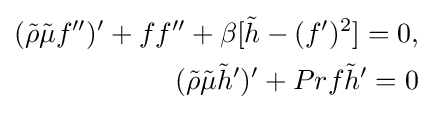
{\begin{aligned}({\tilde {\rho }}{\tilde {\mu }}f'')'+ff''+\beta [{\tilde {h}}-(f')^{2}]=0,\\({\tilde {\rho }}{\tilde {\mu }}{\tilde {h}}')'+Prf{\tilde {h}}'=0\end{aligned}}